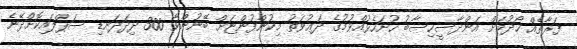
ފަރާތެއް ހޯދުމަށް އަންދާސީހިސާބު ހުށަހެޅުއްވުމުގެ ދަޢުވަތު މިކުންފުންޏަށް ބޭނުންވާ 300 ދިދަދަނޑި ސަޕްލައިކޮށްދޭނެ